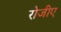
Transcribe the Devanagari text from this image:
रोजीए